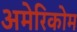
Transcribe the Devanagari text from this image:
अमेरिकोम